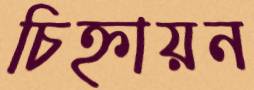
চিহ্নায়ন